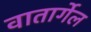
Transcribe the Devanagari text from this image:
वातार्गेल